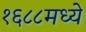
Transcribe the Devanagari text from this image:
१६८८मध्ये